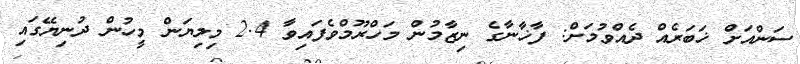
ސަންއަށް ޚަބަރެއް ދެއްވުމަށް: ފާޚާނާގެ ނިޒާމުން މަހްރޫމްވެފައިވާ 2.4 މިލިޔަން މީހުން ދުނިޔޭގައި